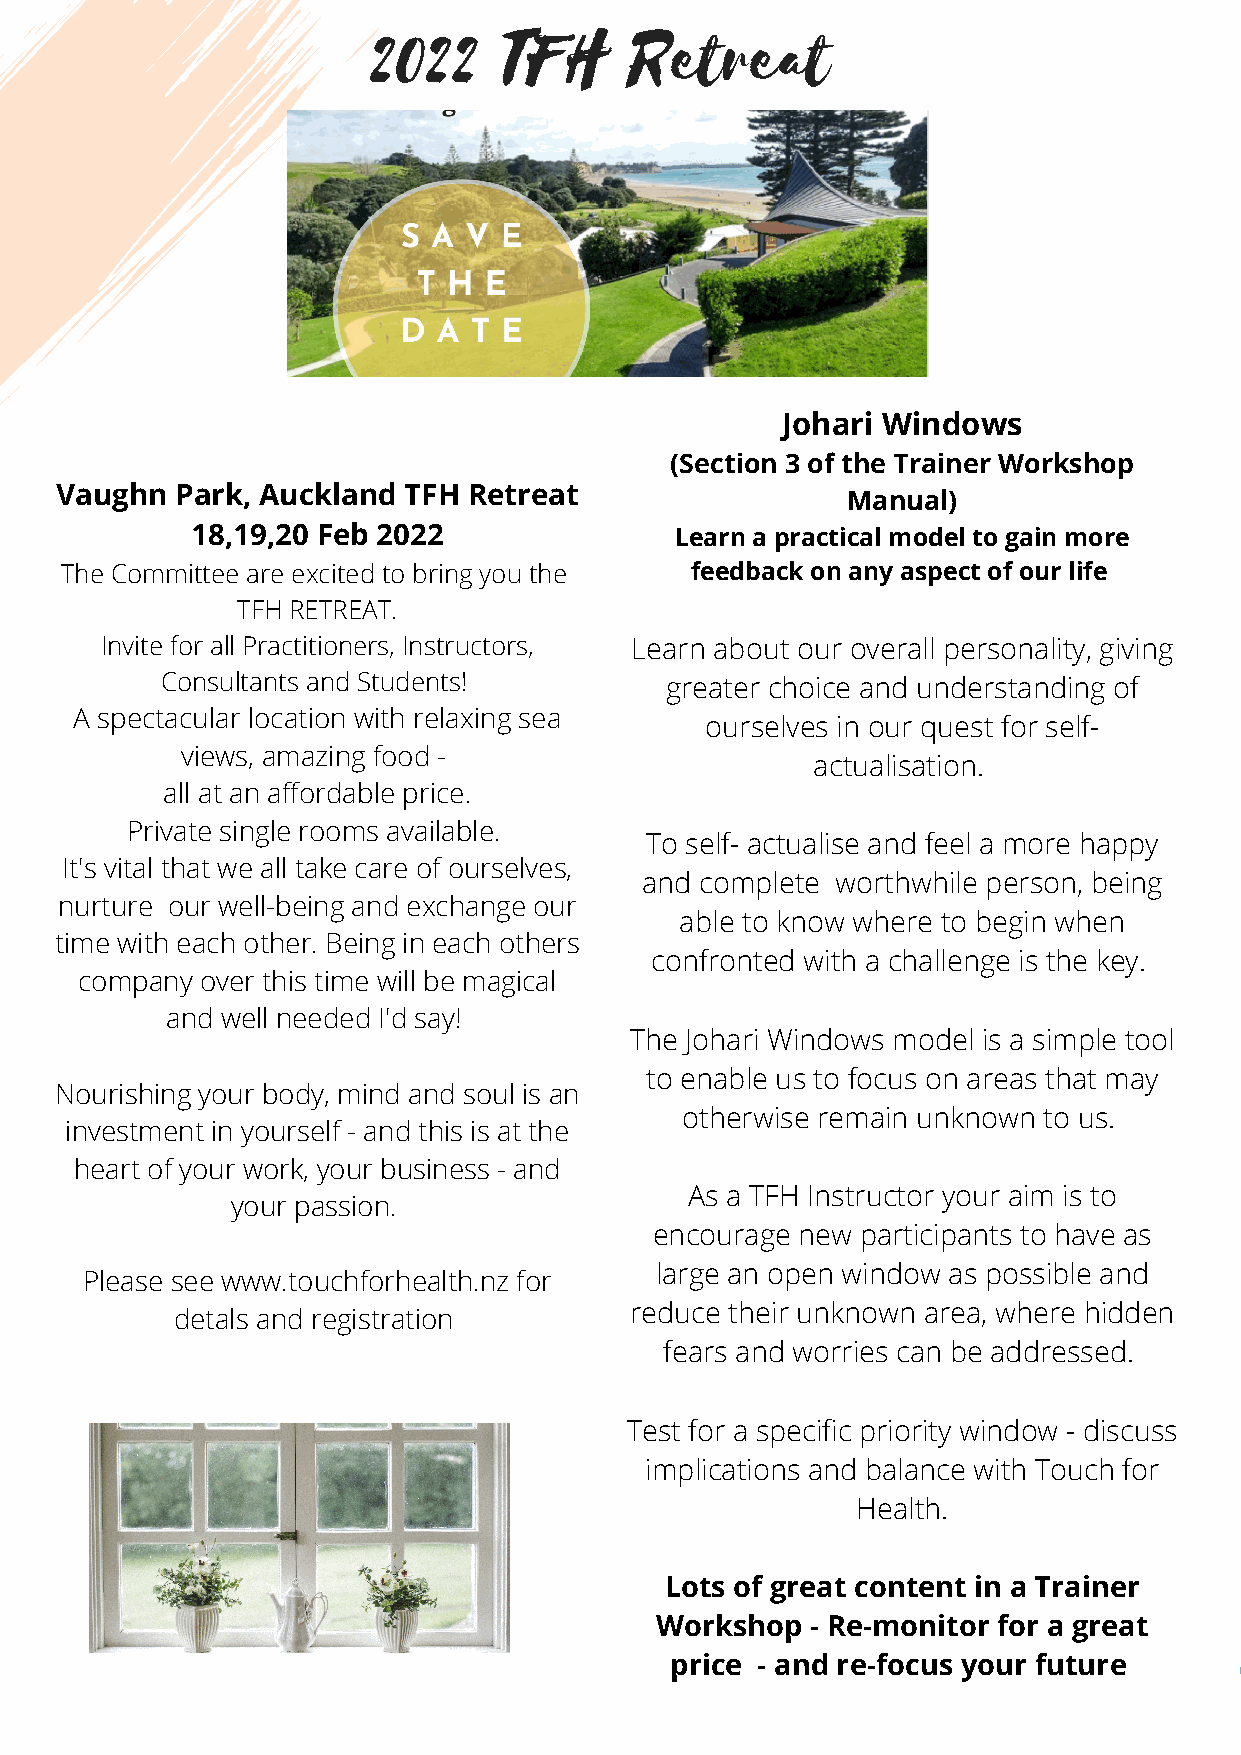
2022     TFH      Retreat
 Johari Windows
 (Section 3 of the Trainer Workshop
 Vaughn  Park, Auckland TFH Retreat
 Manual)
 18,19,20 Feb 2022               Learn a practical model to gain more
 The Committee are excited to bring you the feedback on any aspect of our life
 TFH RETREAT.
 Invite for all Practitioners, Instructors, Learn about our overall personality, giving
 Consultants and Students!        greater choice and understanding of
 A spectacular location with relaxing sea
 ourselves in our quest for self-
 views, amazing food -
 actualisation.
 all at an affordable price.
 Private single rooms available.
 To self- actualise and feel a more happy
 It's vital that we all take care of ourselves,
 and complete worthwhile person, being
 nurture our well-being and exchange our
 able to know where to begin when
 time with each other. Being in each others
 confronted with a challenge is the key.
 company over this time will be magical
 and well needed I'd say!
 The Johari Windows model is a simple tool
 to enable us to focus on areas that may
 Nourishing your body, mind and soul is an
 otherwise remain unknown to us.
 investment in yourself - and this is at the
 heart of your work, your business - and
 As a TFH Instructor your aim is to
 your passion.
 encourage new participants to have as
 large an open window as possible and
 Please see www.touchforhealth.nz for
 detals and registration        reduce their unknown area, where hidden
 fears and worries can be addressed.
 Test for a specific priority window - discuss
 implications and balance with Touch for
 Health.
 Lots of great content in a Trainer
 Workshop   - Re-monitor for a great
 price - and re-focus your future